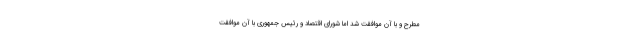
مطرح و با آن موافقت شد اما شورای اقتصاد و رئیس جمهوری با آن موافقت